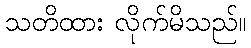
သတိထား လိုက်မိသည်။